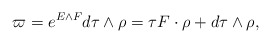
\begin{align*}\varpi = e^{E\wedge F}d\tau\wedge \rho = \tau F\cdot \rho + d\tau \wedge \rho,\end{align*}